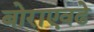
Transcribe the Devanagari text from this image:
बोराएवढे